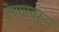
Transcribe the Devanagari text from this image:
देण्यावरून